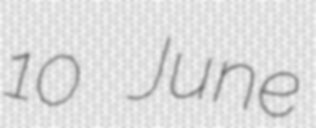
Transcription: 10 June